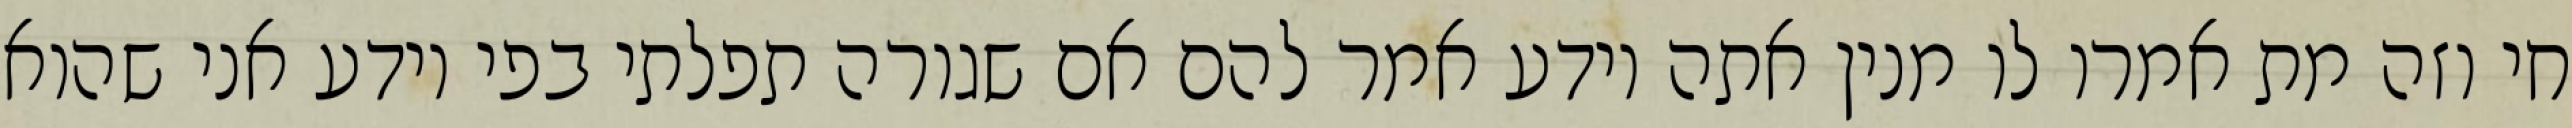
חי וזה מת אמרו לו מנין אתה יודע אמר להם אם שגורה תפלתי בפי יודע אני שהוא